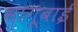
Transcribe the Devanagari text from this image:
भागूबाई